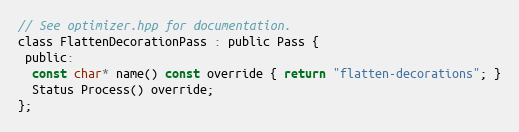
Language: C
// See optimizer.hpp for documentation.
class FlattenDecorationPass : public Pass {
 public:
  const char* name() const override { return "flatten-decorations"; }
  Status Process() override;
};